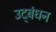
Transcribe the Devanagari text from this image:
उद्‍बंधन